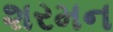
શરમન